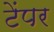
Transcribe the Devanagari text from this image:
टेंपर